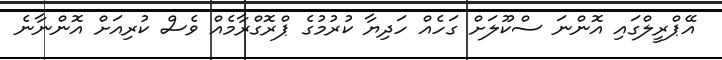
އޭޕްރީލްގައި އޮންނަ ސްކޫލަށް ގަހެއް ހަދިޔާ ކުރުމުގެ ޕްރޮގްރާމެއް ވެސް ކުރިއަށް އޮންނާނެ